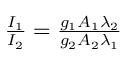
\begin{array} { r } { \frac { I _ { 1 } } { I _ { 2 } } = \frac { g _ { 1 } A _ { 1 } \lambda _ { 2 } } { g _ { 2 } A _ { 2 } \lambda _ { 1 } } } \end{array}